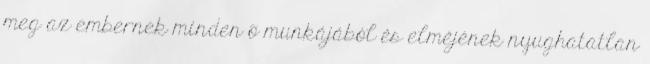
meg az embernek minden õ munkájából és elméjének nyughatatlan